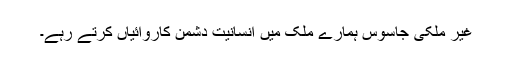
غیر ملکی جاسوس ہمارے ملک میں انسانیت دشمن کاروائیاں کرتے رہے۔